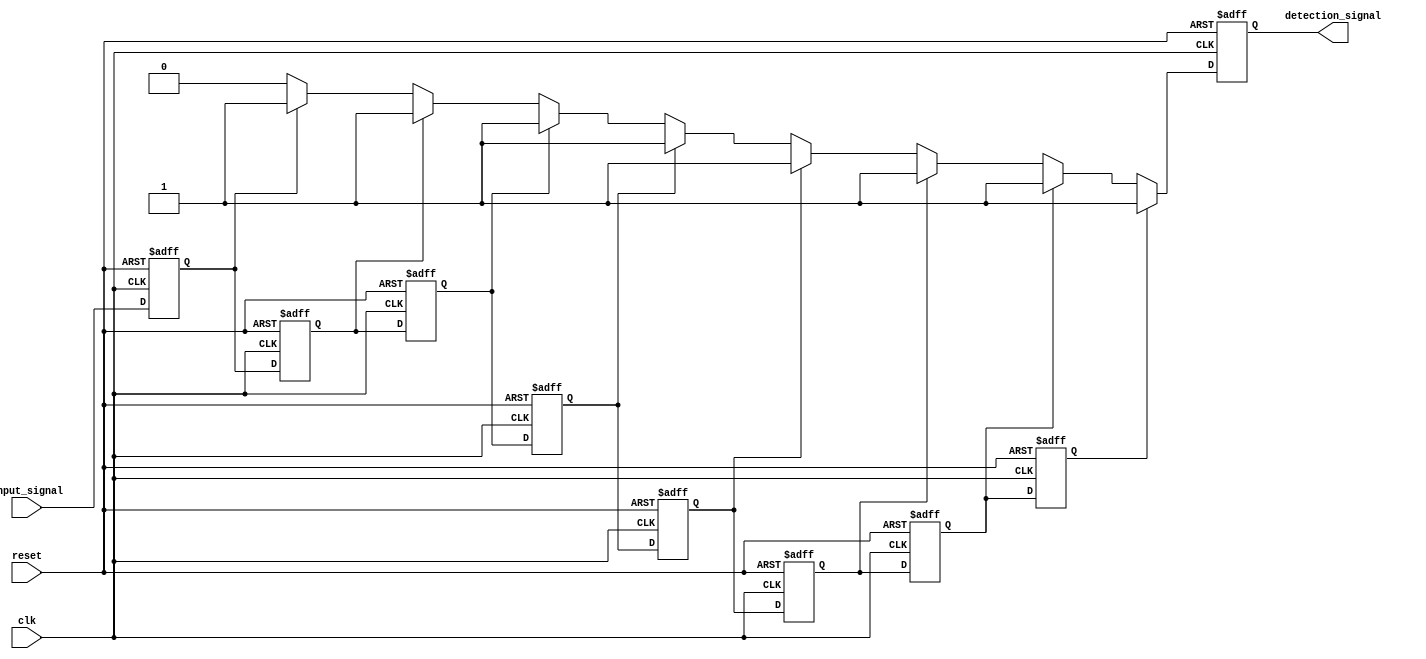
module MemoryBlocksSamplingDelayLineDetector #(
    parameter NUM_BLOCKS = 8,      // Number of memory blocks
    parameter DATA_WIDTH = 1,       // Width of the input signal
    parameter THRESHOLD = 1'b1      // Threshold for detection
)(
    input wire clk,                 // Clock signal
    input wire reset,               // Reset signal
    input wire input_signal,        // Input signal to be monitored
    output reg detection_signal      // Output detection signal
);

    // Memory blocks to store sampled values
    reg [DATA_WIDTH-1:0] memory_blocks [0:NUM_BLOCKS-1];
    integer i;

    // Sampling mechanism
    always @(posedge clk or posedge reset) begin
        if (reset) begin
            // Clear memory blocks on reset
            for (i = 0; i < NUM_BLOCKS; i = i + 1) begin
                memory_blocks[i] <= {DATA_WIDTH{1'b0}};
            end
            detection_signal <= 1'b0; // Reset detection signal
        end else begin
            // Shift memory blocks and store the new sample
            for (i = NUM_BLOCKS-1; i > 0; i = i - 1) begin
                memory_blocks[i] <= memory_blocks[i-1];
            end
            memory_blocks[0] <= input_signal; // Store the latest sample

            // Comparator logic to detect specific patterns
            detection_signal <= 1'b0; // Default to no detection
            for (i = 0; i < NUM_BLOCKS; i = i + 1) begin
                if (memory_blocks[i] == THRESHOLD) begin
                    detection_signal <= 1'b1; // Set detection signal if pattern found
                end
            end
        end
    end

endmodule